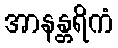
အာနန္တရိကံ